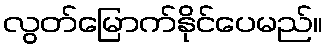
လွတ်မြောက်နိုင်ပေမည်။